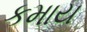
કમાય